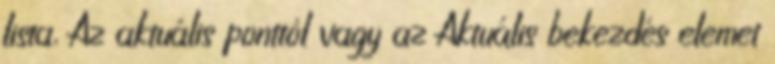
lista, Az aktuális ponttól vagy az Aktuális bekezdés elemet